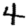
Digit: 4